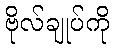
ဗိုလ်ချုပ်ကို